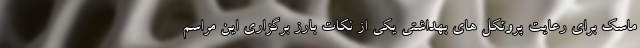
ماسک برای رعایت پروتکل های بهداشتی یکی از نکات بارز برگزاری این مراسم